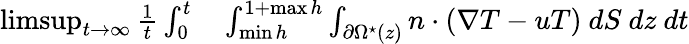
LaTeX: \begin{array}{rl}{\operatorname*{limsup}_{t\rightarrow\infty}\frac{1}{t}\int_{0}^{t}}&{{}\int_{\operatorname*{min}h}^{1+\operatorname*{max}h}\int_{\partial\Omega^{\star}(z)}n\cdot(\nabla T-uT)\ dS\ dz\ dt}\end{array}